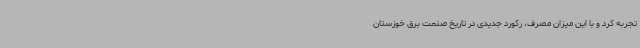
تجربه کرد و با این میزان مصرف، رکورد جدیدی در تاریخ صنعت برق خوزستان